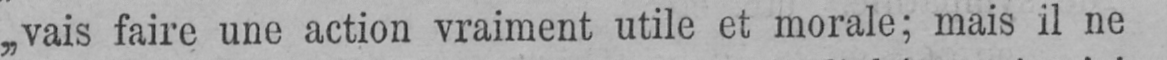
„vais faire une action vraiment utile et morale; mais il ne